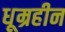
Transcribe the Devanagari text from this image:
धूम्रहीन